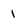
Character: 1